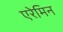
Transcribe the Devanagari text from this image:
एरेमिन